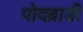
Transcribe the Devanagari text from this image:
पोदब्राडी